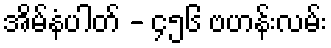
အိမ်နံပါတ် - ၄၅၆ ဗဟန်းလမ်း